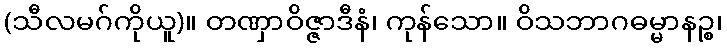
(သီလမဂ်ကိုယူ)။ တဏှာဝိဇ္ဇာဒီနံ၊ ကုန်သော။ ဝိသဘာဂဓမ္မာနဉ္စ၊